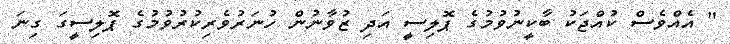
" އެއްވެސް ކުއްޖަކު ބާކީނުވުމުގެ ޕޮލިސީ އަދި ޒުވާނުން ހުނަރުވެރިކުރުވުމުގެ ޕޮލިސީގަ ގިނަ